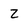
Character: z